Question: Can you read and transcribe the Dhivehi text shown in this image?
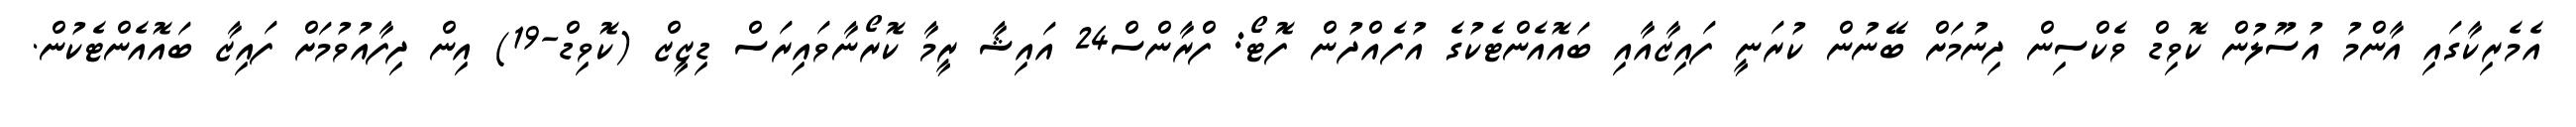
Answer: އެމެރިކާގައި އާންމު އުސޫލުން ކޮވިޑް ވެކްސިން ދިނުމަށް ބޭނުން ކުރަނީ ފައިޒާއާއި ބައޮއެންޓެކުގެ އުފެއްދުން ފޮޓޯ: ފްރާންސް24 އައިޝާ ރީމާ ކޮރޯނާވައިރަސް ޑިޒީޒް (ކޮވިޑް-19) އިން ދިފާއުވުމަށް ފައިޒާ ބައޮއެންޓެކުން.